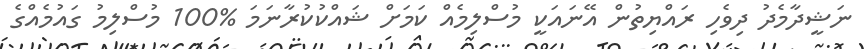
ނަޝީީދާމެދު ދިވެހި ރައްޔިތުން އޭނައަކީ މުސްލިމެއް ކަމަށް ޝައްކުކުރާނަމަ %100 މުސްލިމު ގައުމެއްގެ